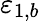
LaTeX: \varepsilon_{1,b}